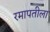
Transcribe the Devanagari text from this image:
रमापतीला